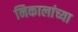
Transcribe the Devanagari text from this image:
निकालांच्या